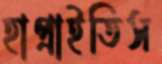
হাপ্‌রাইতিস